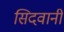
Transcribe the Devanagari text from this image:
सिदवानी